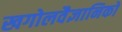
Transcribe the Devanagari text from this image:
खगोलवैज्ञानिकों